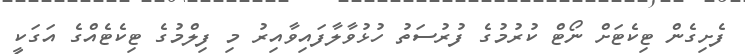
ފެށިގެން ޓިކެޓަށް ނޯޓް ކުރުމުގެ ފުރުސަތު ހުޅުވާލާފައިވާއިރު މި ފިލްމުގެ ޓިކެޓެއްގެ އަގަކީ